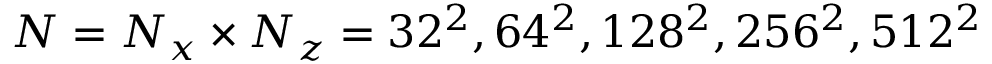
N = N _ { x } \times N _ { z } = 3 2 ^ { 2 } , 6 4 ^ { 2 } , 1 2 8 ^ { 2 } , 2 5 6 ^ { 2 } , 5 1 2 ^ { 2 }